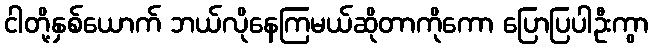
ငါတို့နှစ်ယောက် ဘယ်လိုနေကြမယ်ဆိုတာကိုကော ပြောပြပါဦးကွာ